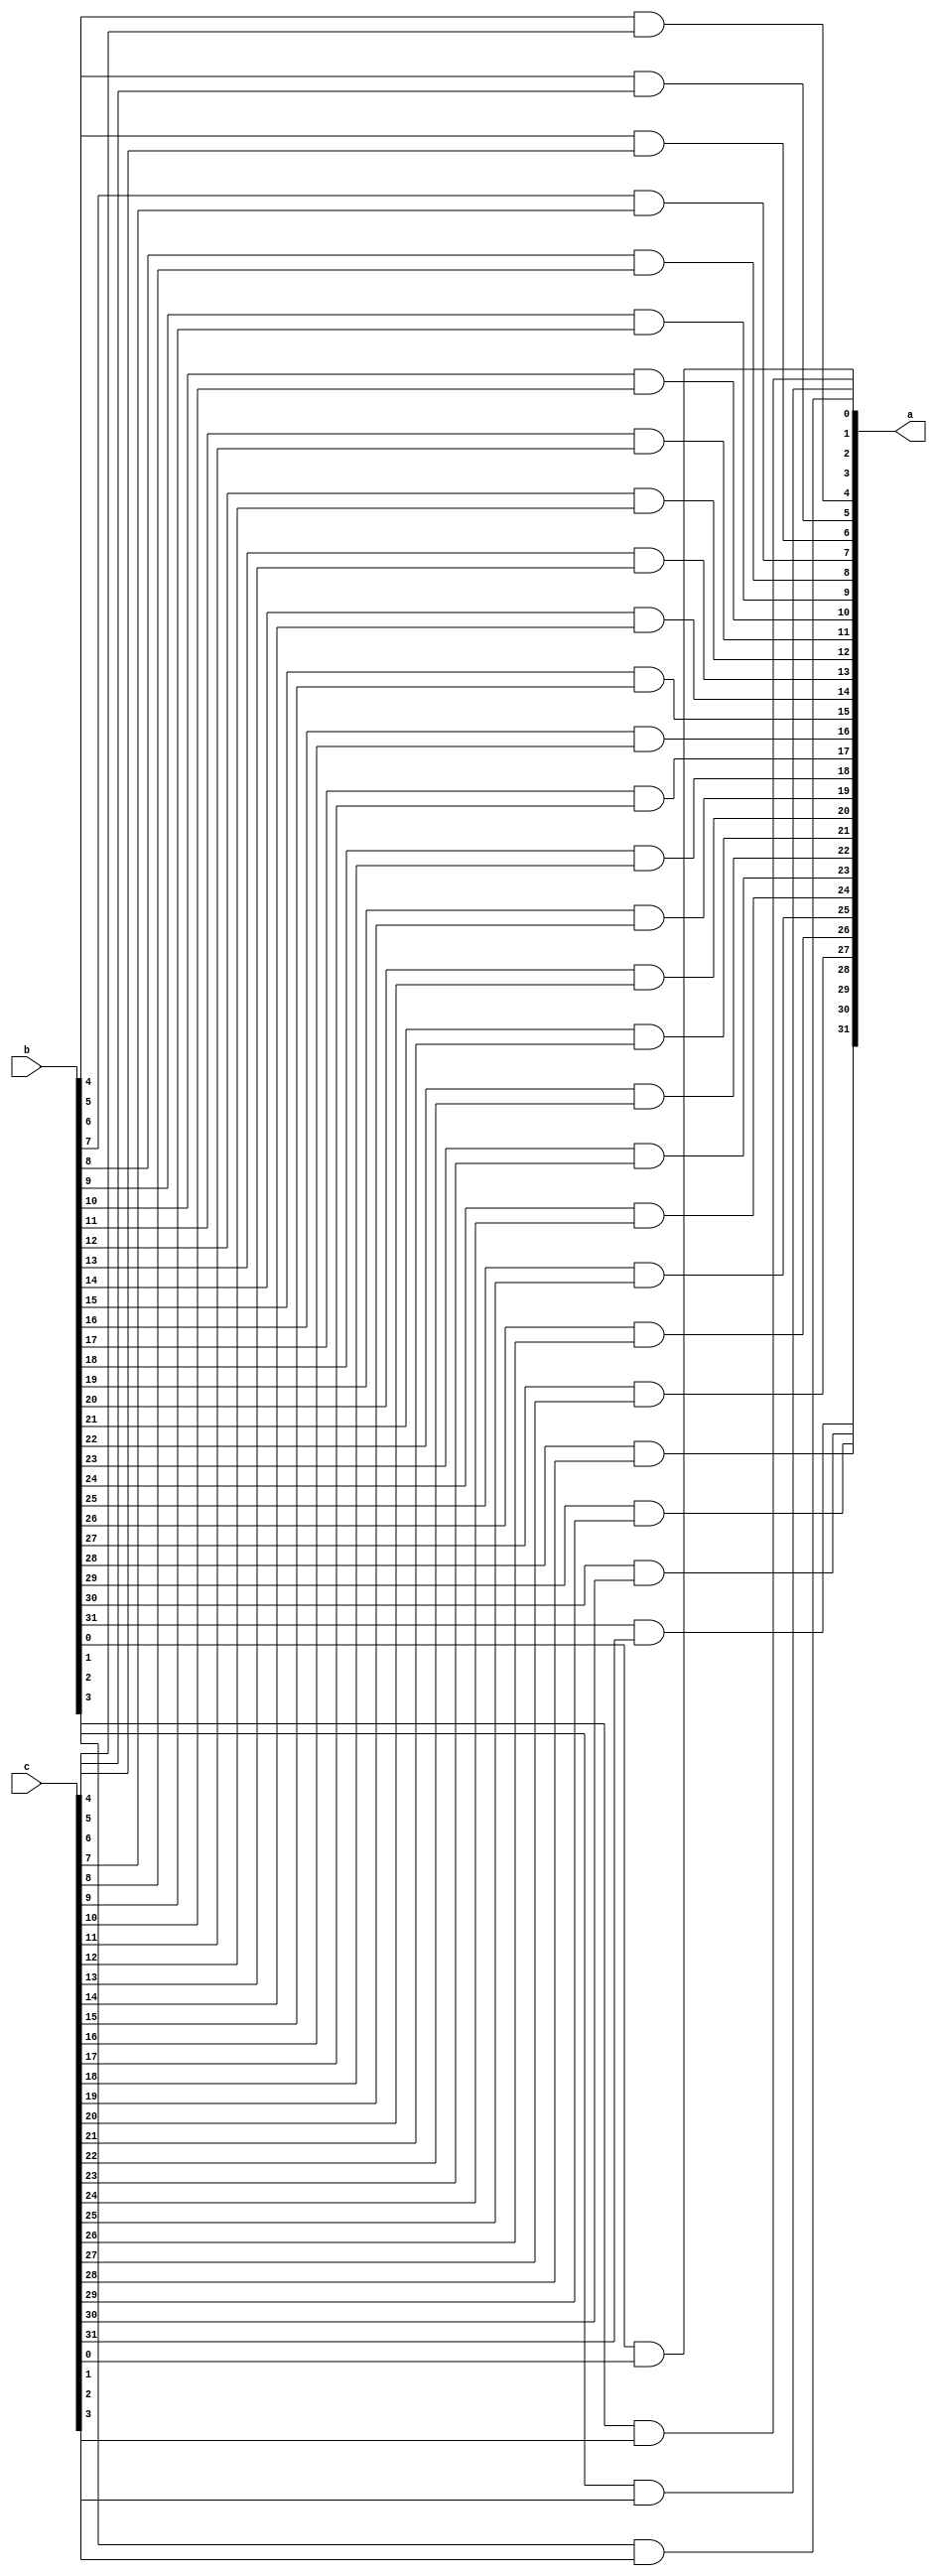
module and32(a,b,c);
  input [31:0]b;
  input [31:0]c;
  output [31:0]a;

  and o33t3(a[0],b[0],c[0]);
  and ot99(a[1],b[1],c[1]);
  and o33t5(a[2],b[2],c[2]);
  and o36t3(a[3],b[3],c[3]);
  and o33t73(a[4],b[4],c[4]);
  and o33t38(a[5],b[5],c[5]);
  and o333t98(a[6],b[6],c[6]);
  and o338tt3(a[7],b[7],c[7]);
  and o3t334(a[8],b[8],c[8]);
  and o334t3(a[9],b[9],c[9]);
  and o34t33(a[10],b[10],c[10]);
  and o336373(a[11],b[11],c[11]);
  and o43t33(a[12],b[12],c[12]);
  and o34876tr33(a[13],b[13],c[13]);
  and o33t653(a[14],b[14],c[14]);
  and o377733(a[15],b[15],c[15]);
  and o366t33(a[16],b[16],c[16]);
  and o397t933(a[17],b[17],c[17]);
  and o384t33(a[18],b[18],c[18]);
  and o233t33(a[19],b[19],c[19]);
  and o3433t3(a[20],b[20],c[20]);
  and o3345t3(a[21],b[21],c[21]);
  and o34t333(a[22],b[22],c[22]);
  and o33t4553(a[23],b[23],c[23]);
  and o345t33(a[24],b[24],c[24]);
  and o354t6733(a[25],b[25],c[25]);
  and o338t7653(a[26],b[26],c[26]);
  and o334t53(a[27],b[27],c[27]);
  and o334t563(a[28],b[28],c[28]);
  and o333t43(a[29],b[29],c[29]);
  and o334t663(a[30],b[30],c[30]);
  and o33t993(a[31],b[31],c[31]);
endmodule